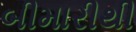
બીમારીથી